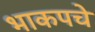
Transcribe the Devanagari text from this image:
भाकपचे